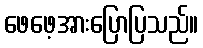
ဖေဖေ့အားပြောပြသည်။